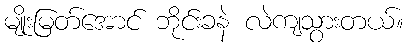
မျိုးမြတ်အောင် ဘိုင်းခနဲ လဲကျသွားတယ်။